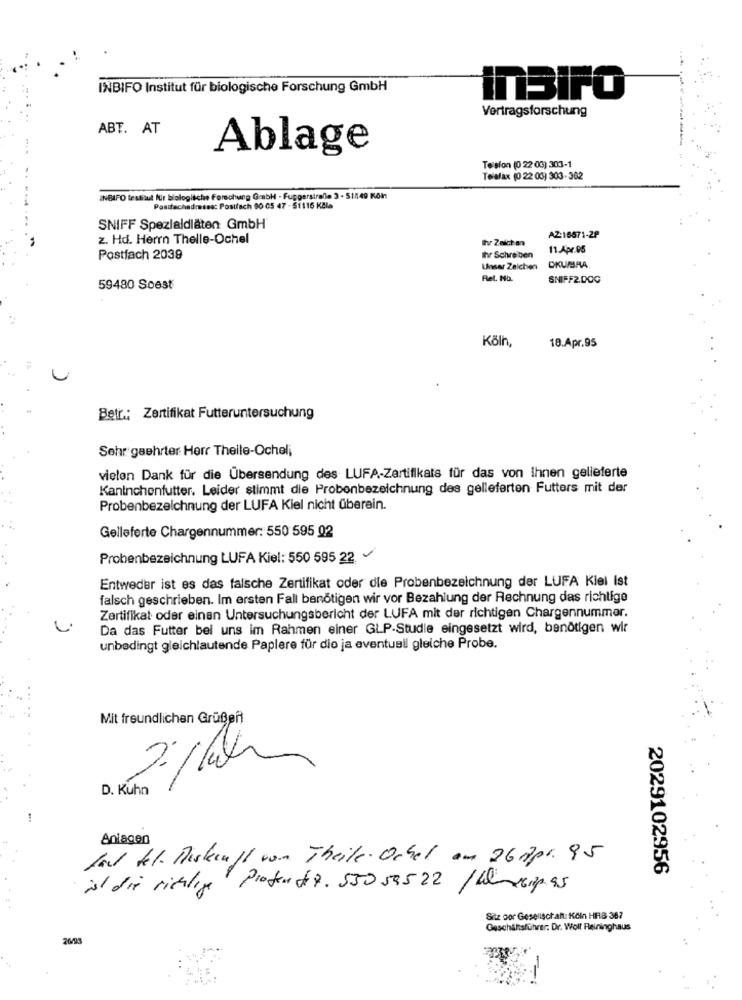
INBIFO Institut für biologische Forschung GmbH
inBIFO
Vertragsforschung
ABT. AT
Ablage
Te slon (0 22 03) 303-1
Telefax (0 22 03) 303-362
..
INBAFO lestitul für biologische Forschung GebH . Fuppersiralle 3 - 51149 Köln
Postfachadresse: Postfach 90 05 47 - 51116 KBla
SNIFF Spezialdiäten GmbH
z. Hd. Herrn Thelle-Ochel
AZ:16671-2P
11.Apr.05
Postfach 2039
Ihr Schreiben
Unser Zeichen DKUMBRA
Rel. No.
SNIFF2.DOC
59480 Soest
Köln,
18.Apr.95
Betr .: Zertifikat Futteruntersuchung
Sehr geehrter Herr Theile-Ochel;
vielen Dank für die Übersendung des LUFA-Zertifikats für das von Ihnen gelieferte
Kaninchenfutter. Leider stimmt die Probenbezeichnung des gelieferten Futters mit der
Probenbezeichnung der LUFA Kiel nicht überein.
Gelleferte Chargennummer: 550 595 02
Probenbezeichnung LUFA Kiel: 550 595 22
Entweder ist es das falsche Zertifikat oder die Probenbezeichnung der LUFA Kiel Ist
falsch geschrieben. Im ersten Fall benötigen wir vor Bezahlung der Rechnung das richtige
Zertifikat oder einen Untersuchungsbericht der LUFA mit der richtigen Chargennummer.
Da das Futter bel uns im Rahmen einer GLP-Studie eingesetzt wird, benötigen wir
unbedingt gleichlautende Paplere für dio ja eventuell gleiche Probe.
Mit freundlichen Grußen
D. Kuhn
Anlagen
Jarl kel. Miskeuft vom Theile. Ochel am 26Apr. 95
2029102956
ist die richtige
Profon 9. 55059522 / Weserpas
Siz cor Gesellschaft: Köln HRB 387
Geschäftsführer: Dr. Woll Reininghaus
26/9